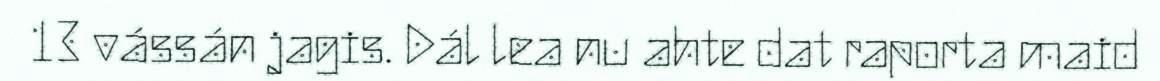
13 vássán jagis. Dál lea nu ahte dat raporta maid